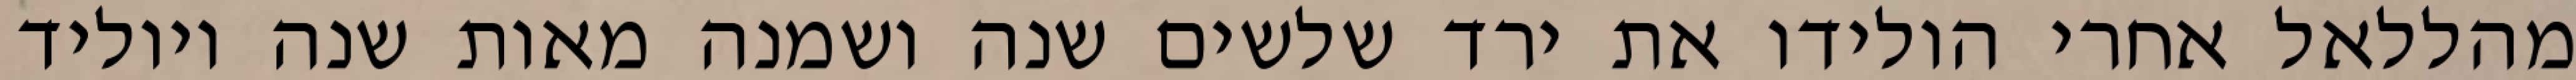
מהללאל אחרי הולידו את ירד שלשים שנה ושמנה מאות שנה ויוליד